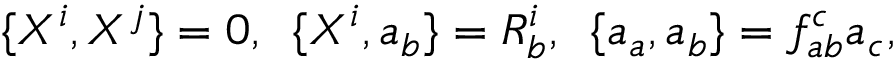
\{ X ^ { i } , X ^ { j } \} = 0 , \, \, \, \{ X ^ { i } , a _ { b } \} = R _ { b } ^ { i } , \, \, \, \{ a _ { a } , a _ { b } \} = f _ { a b } ^ { c } a _ { c } ,